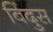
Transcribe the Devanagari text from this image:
बिंदुस